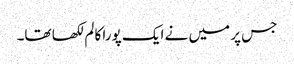
جس پر میں نے ایک پورا کالم لکھا تھا۔